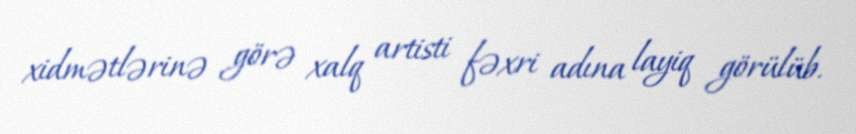
xidmətlərinə görə xalq artisti fəxri adına layiq görülüb.